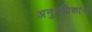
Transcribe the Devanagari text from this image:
अनुभविकांना